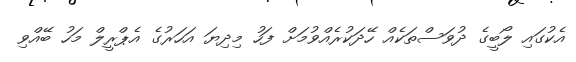
އެކުގައި ލޯބީގެ ދުވަސްތަކެއް ހޭދަކުރެއްވުމަށް ފަހު މިދިޔަ އަހަރުގެ އެޕްރީލް މަހު ބޭއްވި